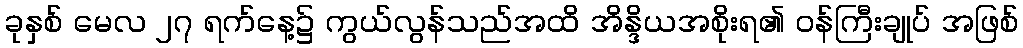
ခုနှစ် မေလ ၂၇ ရက်နေ့၌ ကွယ်လွန်သည်အထိ အိန္ဒိယအစိုးရ၏ ဝန်ကြီးချုပ် အဖြစ်